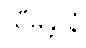
သီမန္တာနံ